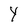
Character: Y